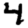
Digit: 4